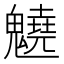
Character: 䰫